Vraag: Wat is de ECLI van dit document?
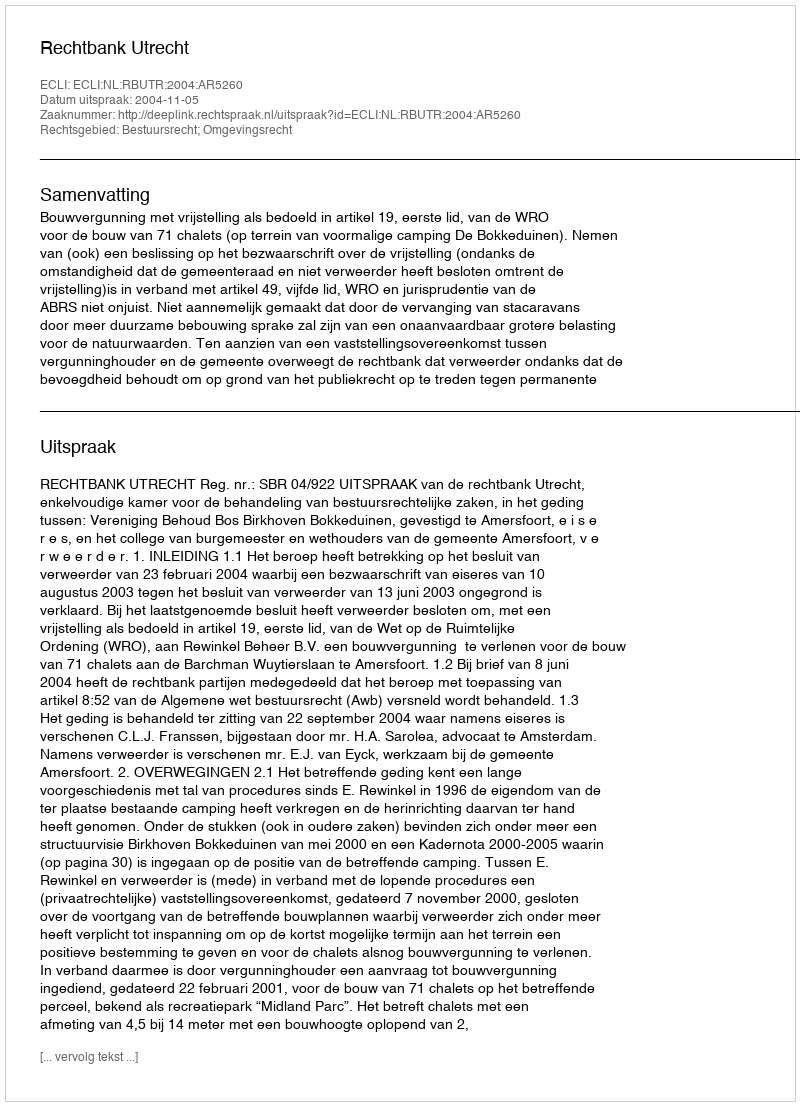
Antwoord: ECLI:NL:RBUTR:2004:AR5260